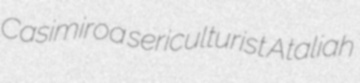
Casimiroa sericulturist Ataliah